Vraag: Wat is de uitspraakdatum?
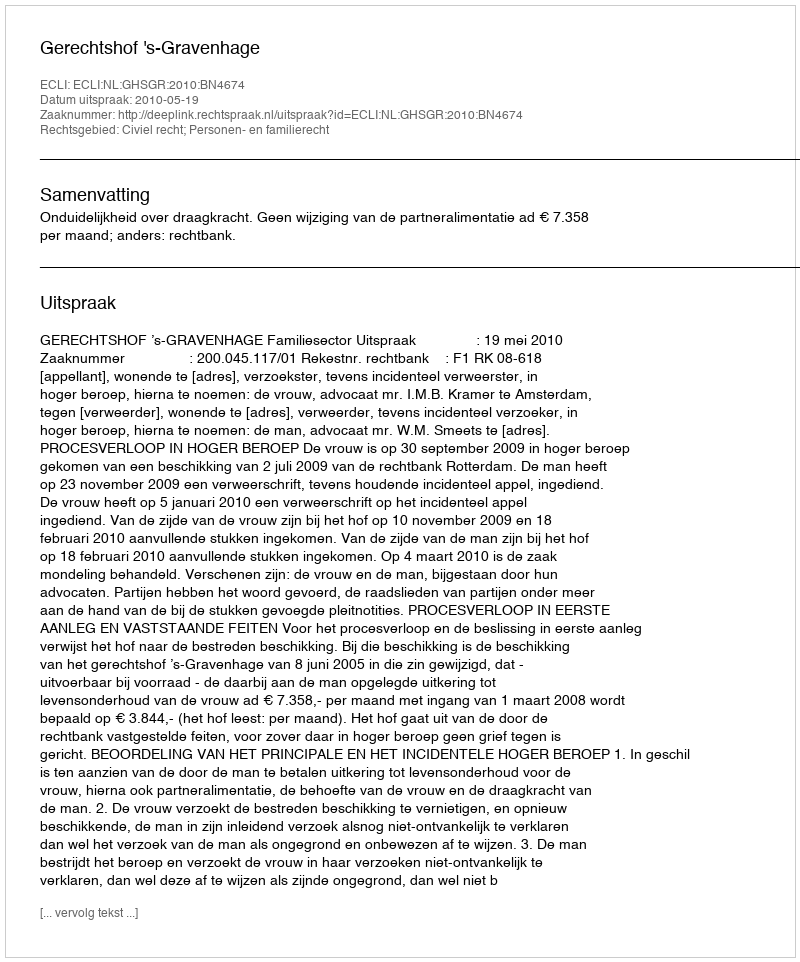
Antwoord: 2010-05-19